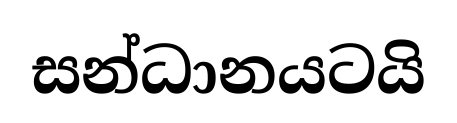
සන්ධානයටයි